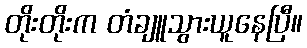
တိုးတိုးက တံချူသွားယူနေပြီ။